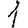
Digit: 1